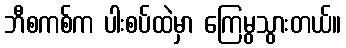
ဘီစကစ်က ပါးစပ်ထဲမှာ ကြေမွသွားတယ်။